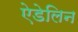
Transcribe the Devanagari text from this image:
ऐडेलिन